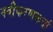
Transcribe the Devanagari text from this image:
नवीकरणकर्ता